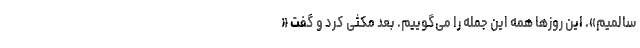
سالمیم». این روزها همه این جمله را می‌گوییم. بعد مکثی کرد و گفت «